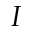
I